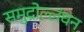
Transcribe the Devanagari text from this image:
समुद्रोल्लंघन